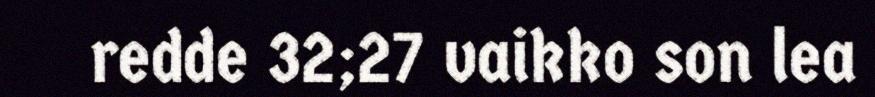
redde 32;27 vaikko son lea